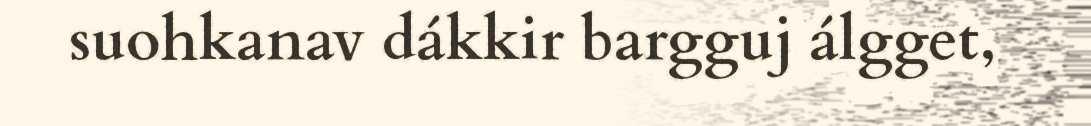
suohkanav dákkir bargguj álgget,